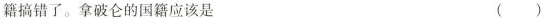
籍搞错了。拿破仑的国籍应该是 ( )